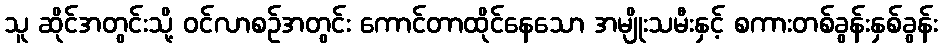
သူ ဆိုင်အတွင်းသို့ ဝင်လာစဉ်အတွင်း ကောင်တာထိုင်နေသော အမျိုးသမီးနှင့် စကားတစ်ခွန်းနှစ်ခွန်း